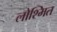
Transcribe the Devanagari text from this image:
लोश्मित